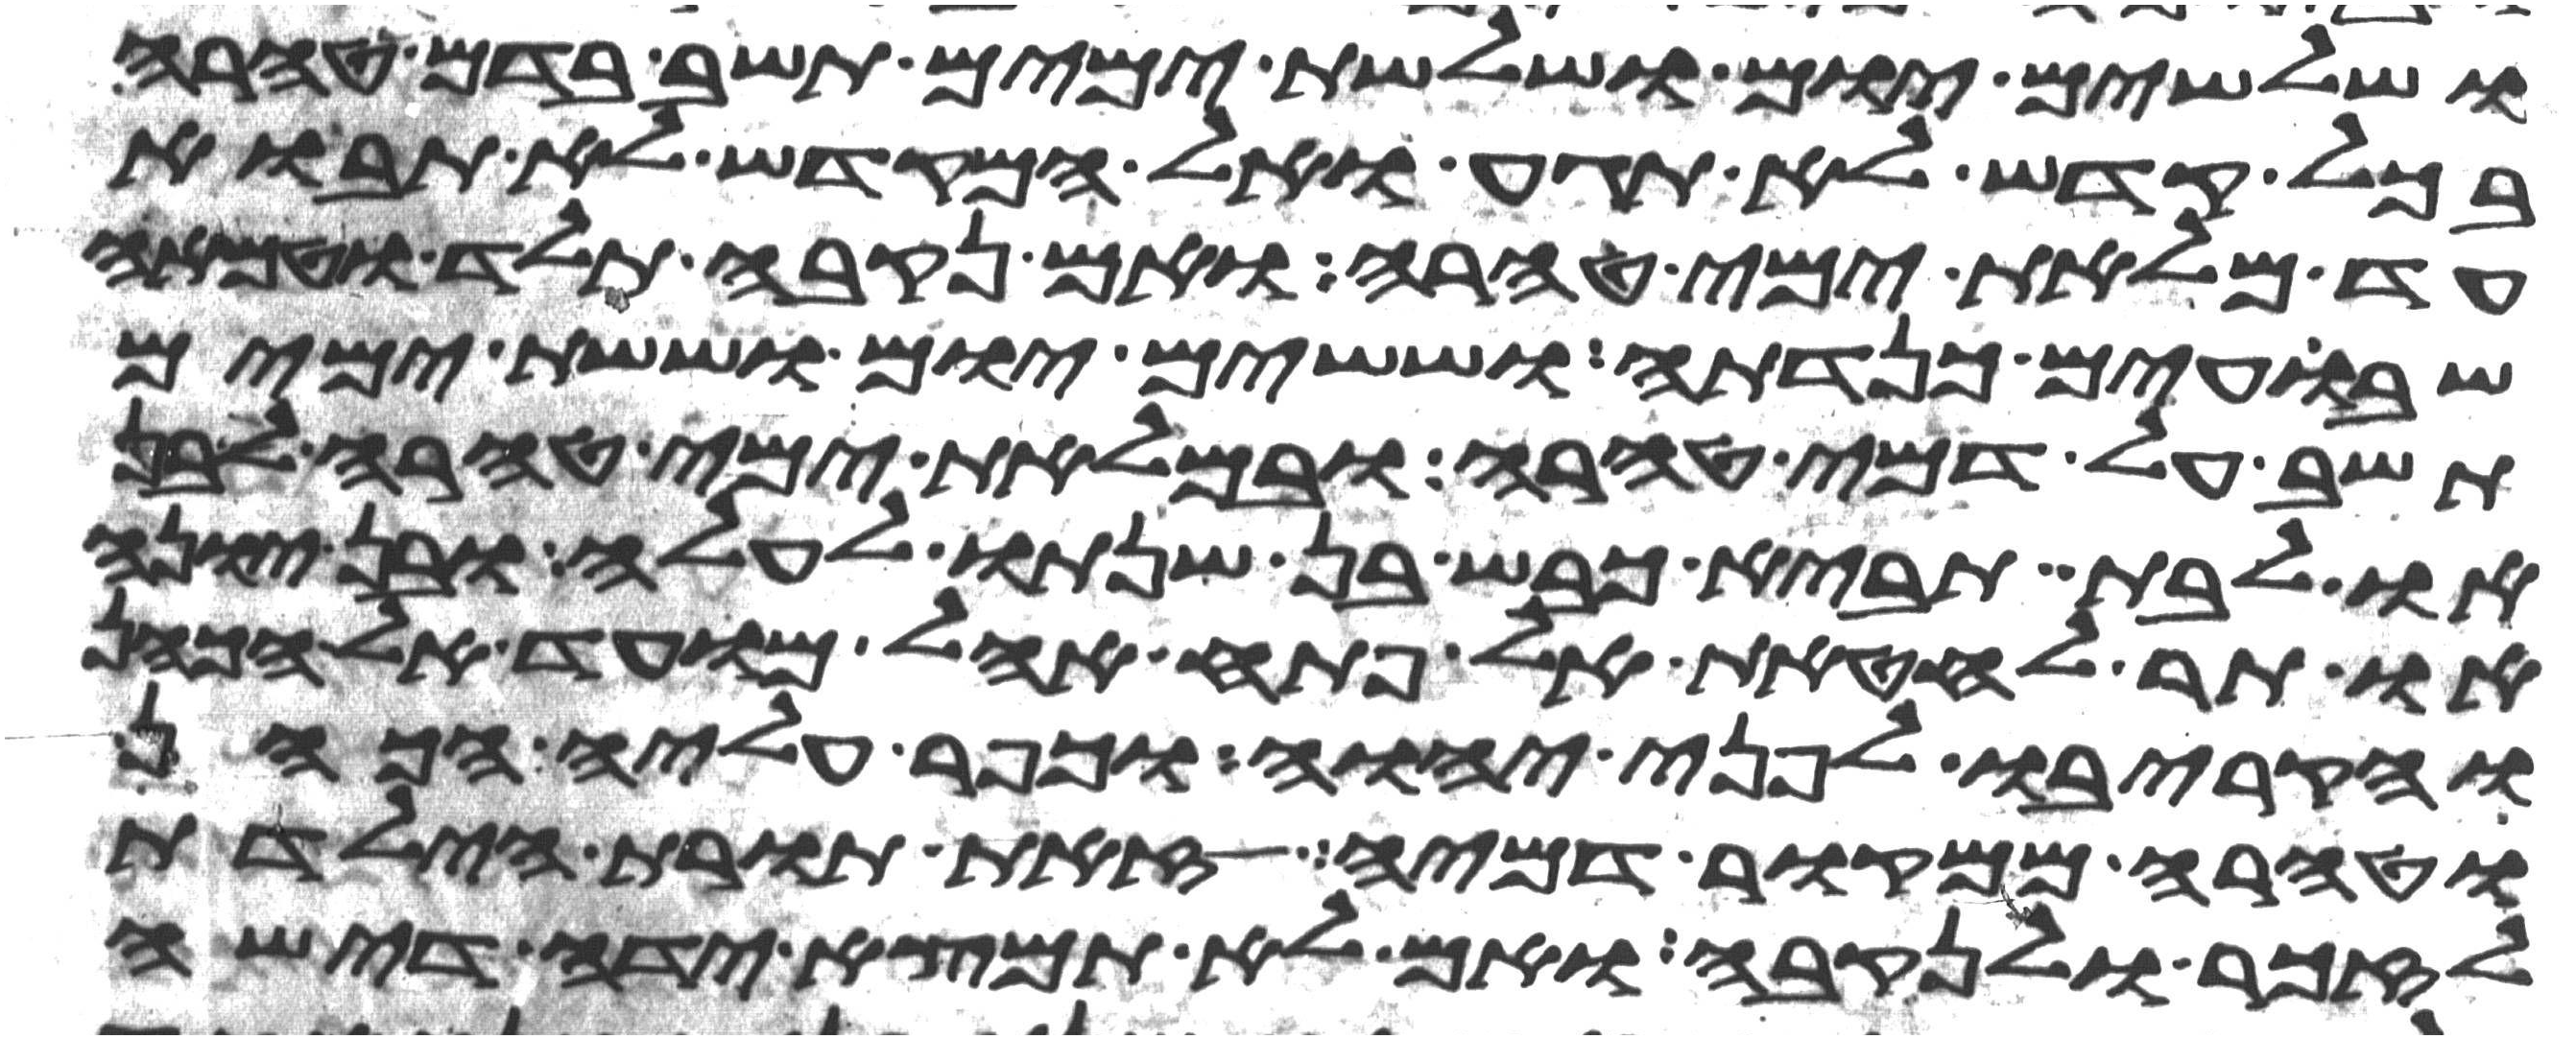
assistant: ושלשים יום ושלשת ימים תשב בדם טהרה
בכל קדש לא תגע ואל המקדש לא תבוא
עד מלאת ימי טהרה ואם נקבה תלד וטמאה
שבועים כנדתה וששים יום וששת ימים
תשב על דמי טהרה ובמלאת ימי טהרה לבן
או לבת תביא כבש בן שנתו לעלה או בן יונה
או תר לחטאת אל פתח אהל מועד אל הכהן
והקריבו לפני יהוה וכפר עליה הכהן
וטהרה ממקור דמיה זאת תורת הילדת
לזכר ולנקבה ואם לא תמצא ידה די שה